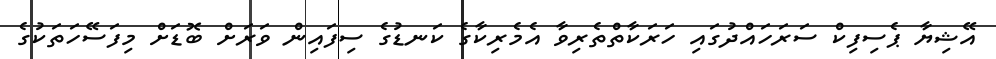
އޭޝިޔާ ޕެސިފިކް ސަރަހައްދުގައި ހަރަކާތްތެރިވާ އެމެރިކާގެ ކަނޑުގެ ސިފައިން ވަރަށް ބޮޑަށް މިފަސޭހަތަކުގެ